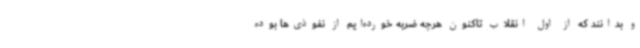
و بدانند که از اول انقلاب تاکنون هرچه ضربه خورده‌ایم از نفوذی‌ها بوده